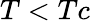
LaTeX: T<Tc